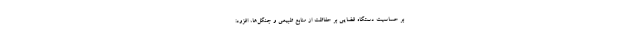
بر حساسیت دستگاه قضایی بر حفاظت از منابع طبیعی و جنگل‌ها، افزود: